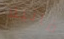
فانيلا